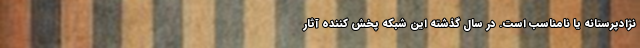
نژادپرستانه یا نامناسب است. در سال گذشته این شبکه پخش کننده آثار